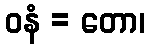
ဝနံ = တော၊